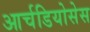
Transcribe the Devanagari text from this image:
आर्चडियोसेस